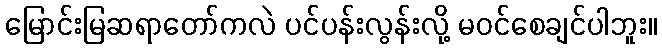
မြောင်းမြဆရာတော်ကလဲ ပင်ပန်းလွန်းလို့ မဝင်စေချင်ပါဘူး။